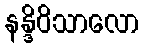
နန္ဒိဝိသာလော